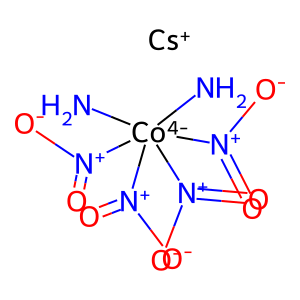
SMILES: N[Co-4](N)([N+](=O)[O-])([N+](=O)[O-])([N+](=O)[O-])[N+](=O)[O-].[Cs+]
Inhibits HIV replication: No